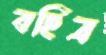
বহিত্র